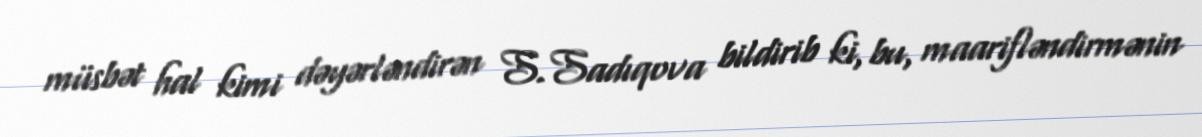
müsbət hal kimi dəyərləndirən S.Sadıqova bildirib ki, bu, maarifləndirmənin